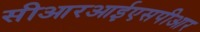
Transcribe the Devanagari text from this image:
सीआरआईएसपीआर